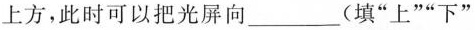
上方，此时可以把光屏向___(填”上””下”